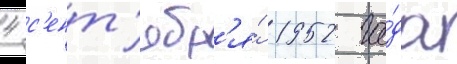
4 с'ент'ябр'я́ 1952 го́да